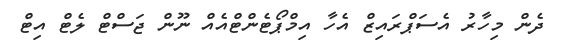
ދެން މިހާރު އެސަޕްރައިޒް އެހާ އިމްޕޯޓެންޓްއެއް ނޫން ޖަސްޓް ލެޓް އިޓް